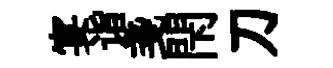
宴诣戔閇刀